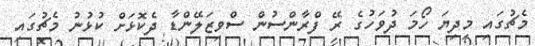
މެޗުގައި މިދިޔަ ހޯމަ ދުވަހުގެ ރޭ ފްރާންސުން ސްވިޒަލޭންޑާ ދެކޮޅަށް ކުޅުނު މެޗުގައި